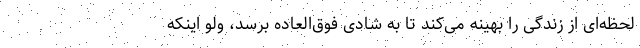
لحظه‌ای از زندگی را بهینه می‌کند تا به شادی فوق‌العاده برسد، ولو اینکه